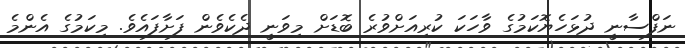
ނަފްސާނީ ދުޅަހެޔޮކަމުގެ ވާހަކަ ކުރިއަށްވުރެ ބޮޑަށް މިވަނީ ދެކެވެން ފަށާފައެވެ. މިކަމުގެ އެންމެ